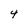
Character: 4